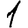
Digit: 1